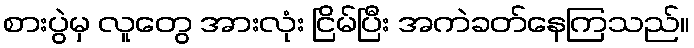
စားပွဲမှ လူတွေ အားလုံး ငြိမ်ပြီး အကဲခတ်နေကြသည်။